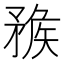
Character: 𥍶